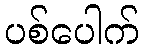
ပစ်ပေါက်